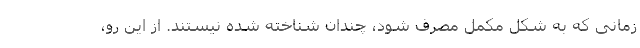
زمانی که به شکل مکمل مصرف شود، چندان شناخته شده نیستند. از این رو،